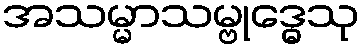
အသမ္မာသမ္ဗုဒ္ဓေသု